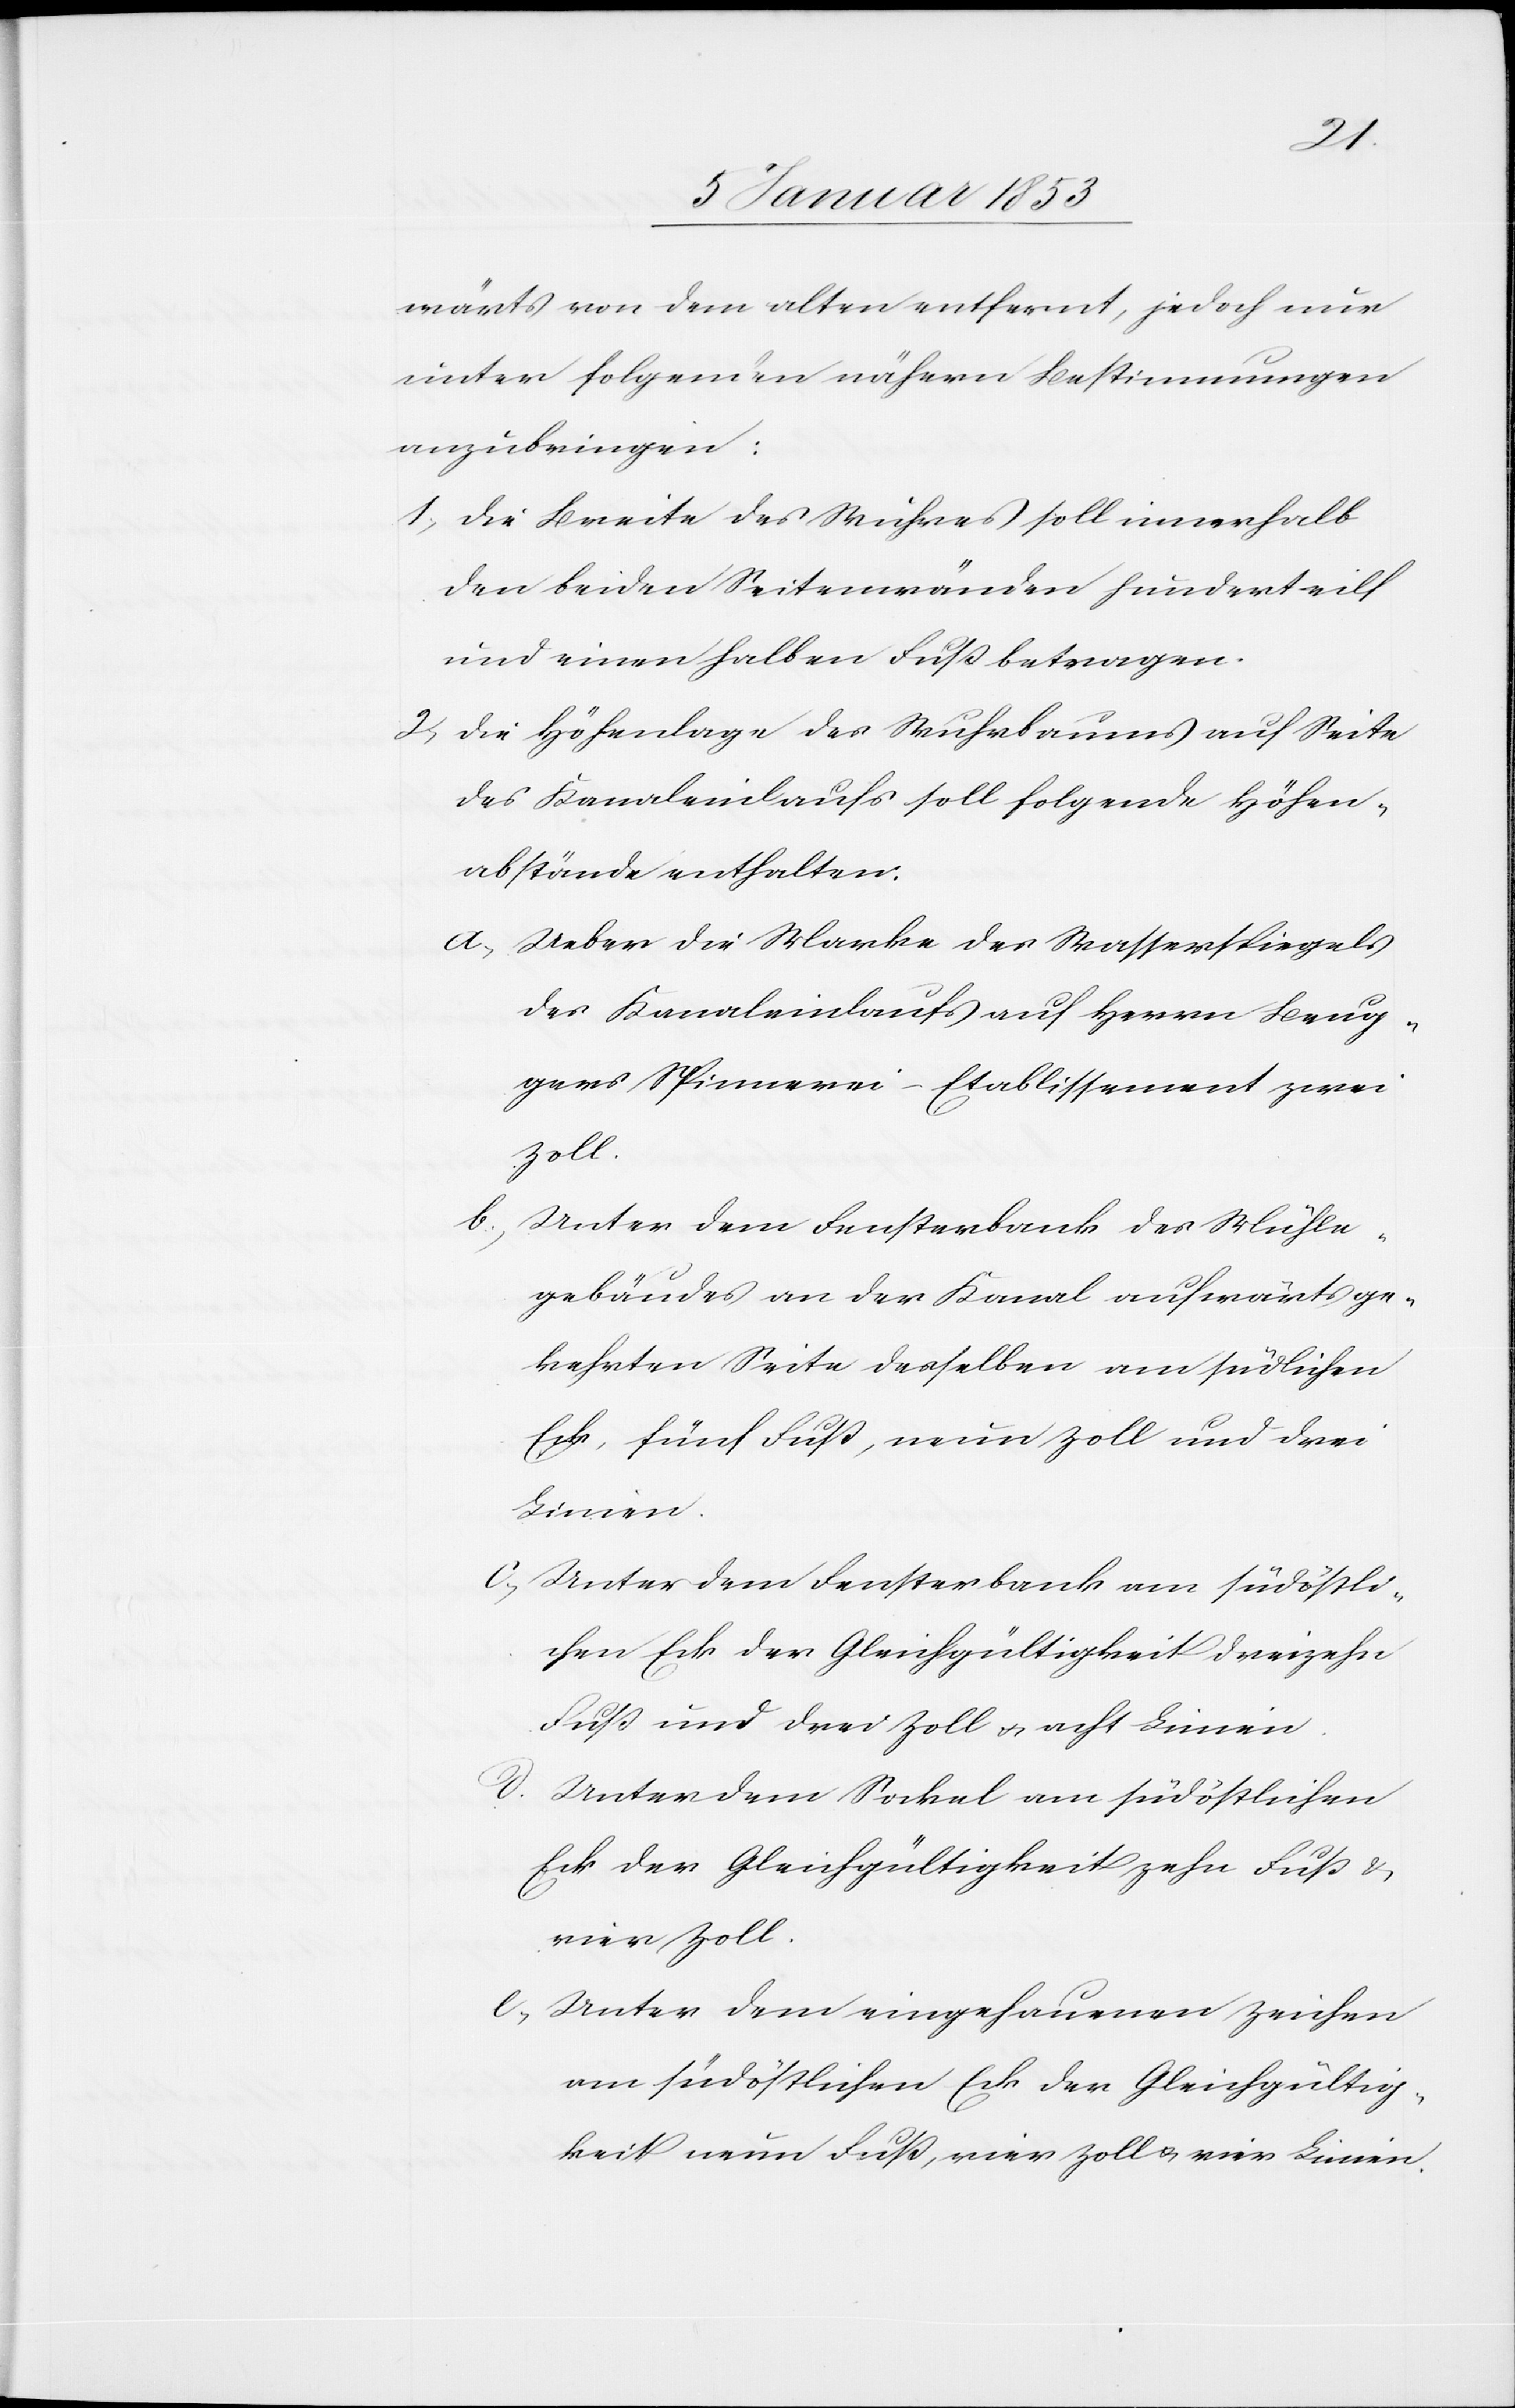
wärts von dem alten entfernt, jedoch nur
unter folgenden nähern Bestimmungen
anzubringen:
1. Die Breite des Wuhres soll innerhalb
den beiden Seitenwänden hunderteilf
und einen halben Fuß betragen.
2. Die Höhenlage des Wuhrbaues auf Seite
des Kanaleinlaufs soll folgende Höhen¬
abstände enthalten.
a. Ueber die Marke des Wasserspiegels
des Kanaleinlaufs auf Herrn Brug¬
gers Spinnerei-Etablissement zwei
Zoll.
b. Unter dem Fensterbank des Mühle¬
gebäudes an der Kanal aufwärts ge¬
kehrten Seite desselben am südlichen
Eck fünf Fuß, neun Zoll und drei
Linien.
c. Unter dem Fensterbau am südöstli¬
chen Eck der Gleichgültigkeit dreizehn
Fuß und drei Zoll u. acht Linien.
d. Unter dem Sockel am südöstlichen
Eck der Gleichgültigkeit zehn Fuß u.
e. Unter dem eingehauenen Zeichen
am südöstlichen Eck der Gleichgültig¬
keit neun Fuß, vier Zoll u. vier Linien.